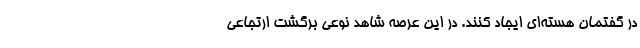
در گفتمان هسته‌ای ایجاد کنند. در این عرصه شاهد نوعی برگشت ارتجاعی